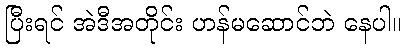
ပြီးရင် အဲဒီအတိုင်း ဟန်မဆောင်ဘဲ နေပါ။